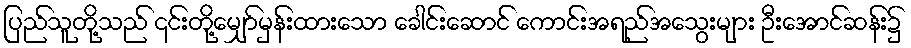
ပြည်သူတို့သည် ၎င်းတို့မျှော်မှန်းထားသော ခေါင်းဆောင် ကောင်းအရည်အသွေးများ ဦးအောင်ဆန်း၌